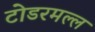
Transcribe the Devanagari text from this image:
टोडरमल्ल